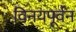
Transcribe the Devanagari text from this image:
विनयपूर्वन